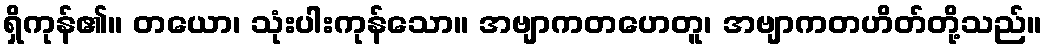
ရှိကုန်၏။ တယော၊ သုံးပါးကုန်သော။ အဗျာကတဟေတူ၊ အဗျာကတဟိတ်တို့သည်။